Report on vaccination in Madras 1922-1929 - 1922-1929
Year: 1922
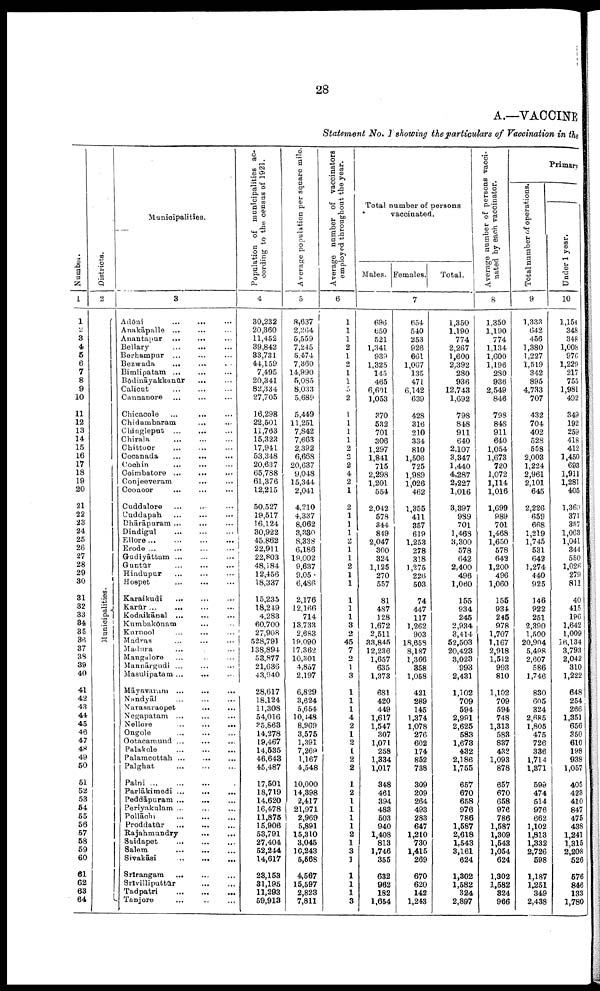
28
A.—VACCINE
Statement No. I showing the particulars of Vaccination in the
Number.
1
1
2
3
4
5
6
7
8
9
10
11
12
13
14
15
16
17
18
19
20
21
22
23
24
25
26
27
28
29
30
31
32
33
34
35
36
37
38
39
40
41
42
43
44
45
46
47
48
49
50
51
52
53
54
55
56
57
58
59
60
61
62
63
64
Districts.
2
Municipalities.
Municipalities.
3
Adōni
...
... ...
Anakāpalle ... ... ...
Anantapur ... ... ...
Bellary ... ... ...
Berhampur ... ... ...
Bezwada
... ... ...
Bimlipatam ... ... ...
Bōdināyakkanūr ... ...
Calicut ... ... ...
Cannanore ... ... ...
Chicacole ... ... ...
Chidambaram ... ...
Chingleput ... ... ...
Chirala ... ... ...
Chittoor ... ... ...
Cocanada
...
...
...
Cochin ... ... ...
Coimbatore ...
...
...
Conjeeveram ... ...
Coonoor
... ... ...
Cuddalore ... ... ...
Cuddapah ... ... ...
Dhārāpuram ... ... ...
Dindigul ... ... ...
Ellore ... ... ... ...
Erode
...
...
...
...
Gudiyāttam ... ... ...
Guntūr
... ... ...
Hindupur
...
...
Hospet
...
...
...
Karaikudi ... ... ...
Karūr ... ... ...
Kodaikānal
...
...
...
Kumbakōnam ... ...
Kurnool ... ... ...
Madras ... ... ...
Madura ... ... ...
Mangalore ... ... ...
Mannārgudi ... ... ...
Masulipatam ... ... ...
Māyavaram ...
... ...
Nandyāl ... ... ...
Narasaraopet
... ... ...
Negapatam ... ... ...
Nellore ... ... ...
Ongole
...
...
...
Ootacamund ...
... ...
Palakole ... ... ...
Palaracottah
...
...
...
Palghat ... ... ...
Palni ... ... ... ...
Parlākimedi ... ... ...
Peddāpuram ...
... ...
Periyakulam ... ... ...
Pollāchi
... ... ...
Proddatūr
...
...
...
Rajahmundry
...
...
Saidapet ... ... ...
Salem
... ... ...
Sivakāsi
...
... ...
Srīrangam
... ... ...
Srīvilliputtūr
...
...
Tadpatri
...
...
...
Tanjore ... ... ...
Population of municipalities ac
cording to the census of 1921.
4
30,232
20,360
11,452
39,842
33,731
44,159
7,495
20,341
82,334
27,705
16,298
22,501
11,763
15,323
17,941
53,348
20,637
65,788
61,376
12,215
50,527
19,517
16,124
30,922
45,862
22,911
22,803
48,184
12,456
18,337
15,235
18,249
4,283
60,700
27,908
528,791
138,894
53,877
21,636
43,940
28,617
18,124
11,308
54,016
35,863
14,278
19,467
14,535
46,643
45,487
17,501
18,719
14,620
16,478
11,875
15,906
53,791
27,404
52,244
14,617
23,153
31,195
11,293
59,913
Average population per square mile.
5
8,637
2,264
5,559
7,245
5,474
7,360
14,990
5,085
8,033
5,689
5,449
11,251
7,842
7,663
2,392
6,668
20,637
9,048
15,344
2,041
4,210
4,337
8,062
3,330
8,338
6,186
19,002
9,637
9,050
6,486
2,176
12,166
714
13,733
2,683
19,090
17,362
10,301
4,857
2,197
6,829
3,624
5,654
10,448
8,969
3,575
1,391
7,263
1,167
4,548
10,000
14,398
2,417
21,971
2,969
5,891
15,310
3,045
10,243
5,568
4,567
15,597
2,823
7,811
Average number of vaccinators
employed throughout the year.
6
1
1
1
2
1
2
1
1
5
2
1
1
1
1
2
2
2
4
2
1
2
1
1
1
22
1
1
2
1
1
1
1
1
3
2
45
7
2
1
3
1
1
1
4
2
1
2
1
2
2
1
2
1
1
1
1
2
1
3
1
1
1
1
3
Total number of persons
vaccinated.
Males. Females.
Total.
7
696
650
521
1,341
939
1,325
145
465
6,601
1,053
370
532
701
306
1,297
1,841
715
2,298
1,201
554
2,042
578
344
849
2,047
300
324
1,125
270
557
81
487
128
1,672
2,511
33,845
12,236
1,657
635
1,373
681
420
449
1,617
1,547
307
1,071
258
1,334
1,017
348
461
394
483
503
940
1,408
813
1,746
355
632
962
182
1,654
654
540
253
926
661
1,067
135
471
6,142
639
428
316
210
334
810
1,506
725
1,989
1,026
462
1,355
411
357
619
1,253
278
318
1,275
226
503
74
447
117
1,262
903
18,658
8,187
1,366
358
1,058
421
289
145
1,374
1,078
276
602
174
852
738
309
209
264
493
283
647
1,210
730
1,415
269
670
620
142
1,243
1,350
1,190
774
2,267
1,600
2,392
280
936
12,743
1,692
798
848
911
640
2,107
3,347
1,440
4,287
2,227
1,016
3,397
989
701
1,468
3,300
578
642
2,400
496
1,060
155
934
245
2,934
3,414
52,503
20,423
3,023
993
2,431
1,102
709
594
2,991
2,625
583
1,673
432
2,186
1,755
657
670
658
976
786
1,587
2,618
1,543
3,161
624
1,302
1,582
324
2,897
Average number of persons vacci
nated by each vaccinator.
8
1,350
1,190
774
1,134
1,600
1,196
280
936
2,549
846
798
848
911
640
1,054
1,673
720
1,072
1,114
1,016
1,699
989
701
1,468
1,650
578
642
1,200
496
1,060
155
934
246
978
1,707
1,167
2,918
1,512
993
810
1,102
709
594
748
1,313
583
837
432
1,093
878
657
670
658
976
786
1,587
1,309
1,643
1,054
624
1,302
1,582
324
966
Primary
Total number of operations.
9
1,333
642
456
1,380
1,227
1,519
342
895
4,733
707
432
704
402
528
558
2,003
1,224
2,961
2,101
645
2,226
659
668
1,219
1,745
531
642
1,274
440
925
146
922
251
2,390
1,500
20,904
5,498
2,607
586
1,746
830
605
324
2,685
1,805
475
726
336
1,714
1,371
599
474
514
976
662
1,102
1,813
1,332
2,726
598
1,187
1,251
349
2,438
Under 1 year.
10
1,154
348
348
1,008
976
1,229
217
755
1,981
492
349
192
259
418
412
1,450
693
1,911
1,281
405
1,369
371
357
1,063
1,041
344
550
1,026
279
811
40
415
196
1,642
1,009
56,134
3,793
2,042
310
1,222
648
254
266
1,351
656
350
610
198
938
1,057
405
423
410
847
475
438
1,241
1,315
2,208
526
576
846
133
1,780